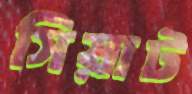
সিয়াট